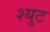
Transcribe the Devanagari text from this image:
श्युट